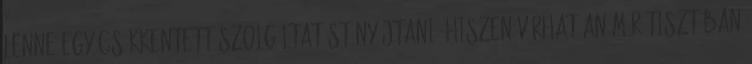
lenne egy csökkentett szolgáltatást nyújtani, hiszen várhatóan már tisztában